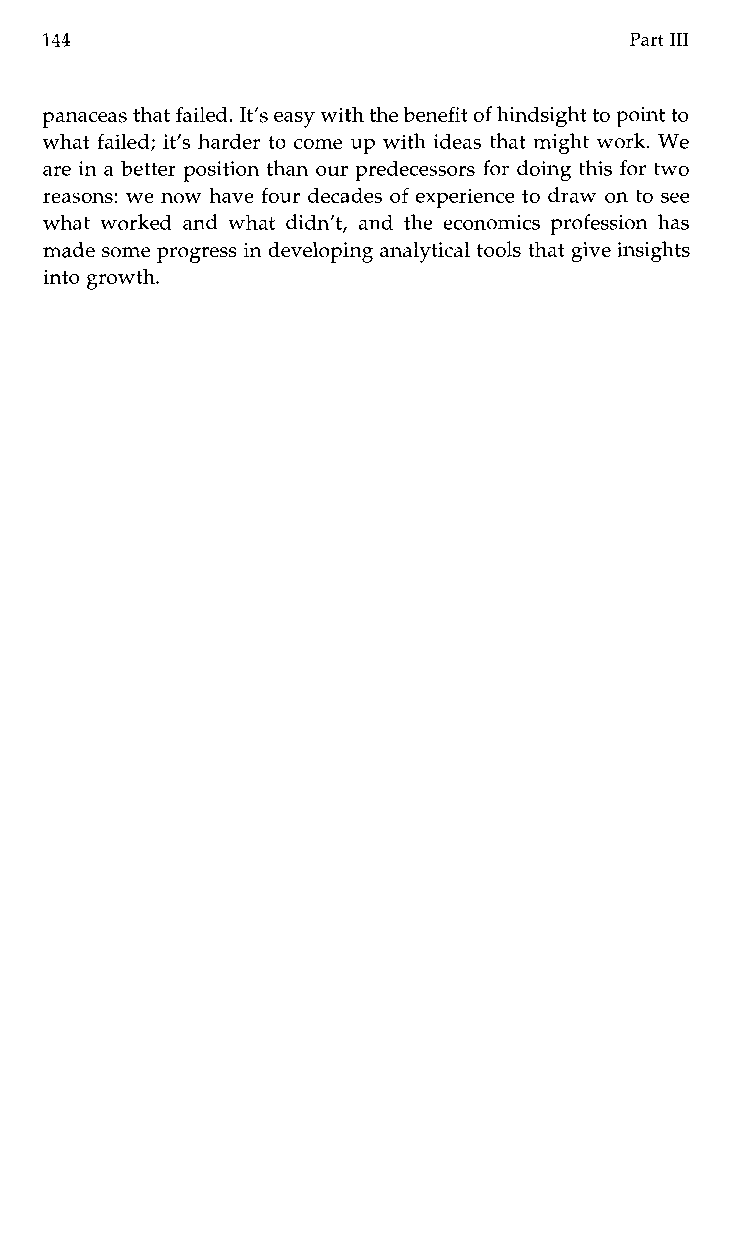
144                                    Part I11
 panaceas that failed. It’s easy with the benefit of hindsight to point to
 what failed; it’s harder to come up with ideas that might work. We
 are in a better position than our predecessors for doing this for two
 reasons: we now have four decades of experience to draw on to see
 what worked and what didn’t, and the economics profession has
 made some progress in developing analytical tools that give insights
 into growth.